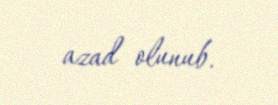
azad olunub.